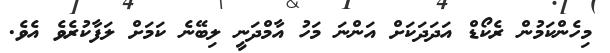
މިހެންކަމުން ރެކޯޑް އަދަދަކަށް އަންނަ މަހު އާމްދަނީ ލިބޭނެ ކަމަށް ލަފާކުރެވެ އެވެ.